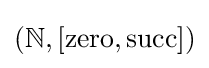
(\mathbb {N} ,[\mathrm {zero} ,\mathrm {succ} ])